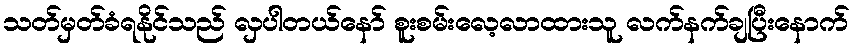
သတ်မှတ်ခံရနိုင်သည် လှပါတယ်နော် စူးစမ်းလေ့လာထားသူ လက်နက်ချပြီးနောက်